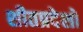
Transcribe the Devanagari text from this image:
शीतप्रदेशों